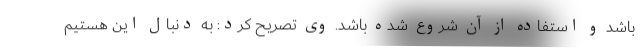
باشد و استفاده از آن شروع شده باشد. وی تصریح کرد: به دنبال این هستیم